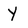
Character: Y